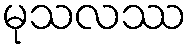
မုသလဿ